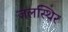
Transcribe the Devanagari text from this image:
जलस्थिर